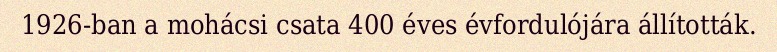
1926-ban a mohácsi csata 400 éves évfordulójára állították.